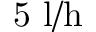
\mathrm { 5 ~ l / h }